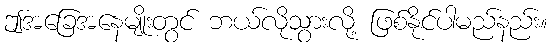
ဤအခြေအနေမျိုးတွင် ဘယ်လိုသွားလို့ ဖြစ်နိုင်ပါမည်နည်း။